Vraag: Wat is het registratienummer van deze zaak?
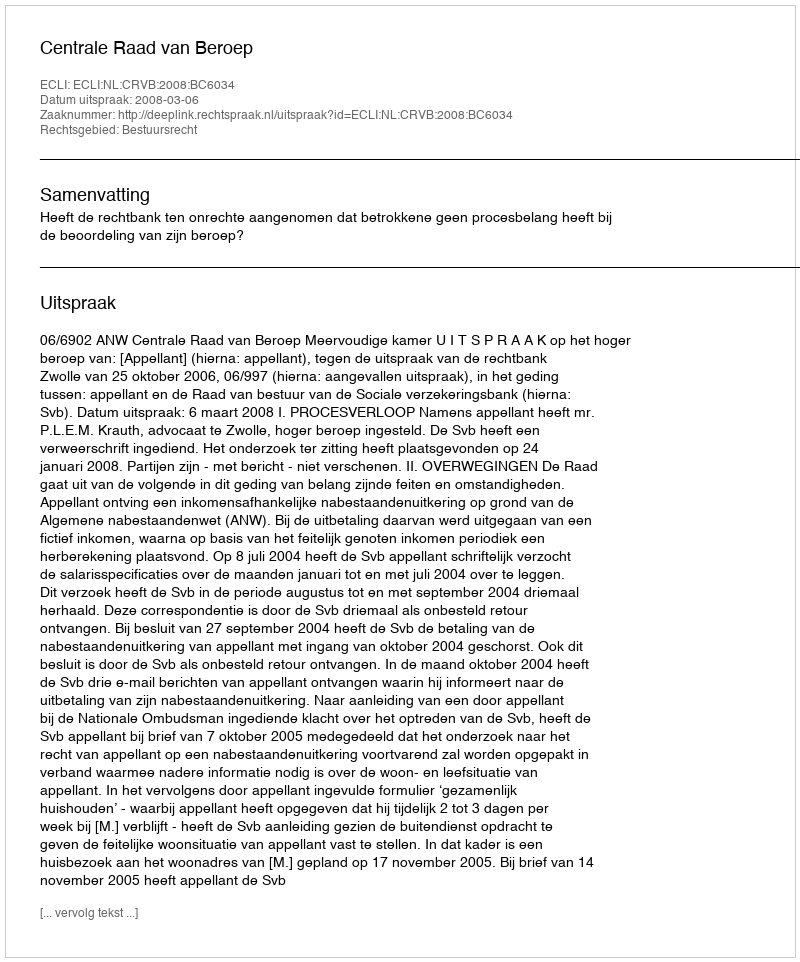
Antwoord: http://deeplink.rechtspraak.nl/uitspraak?id=ECLI:NL:CRVB:2008:BC6034